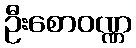
ဦးစောဝဏ္ဏ